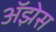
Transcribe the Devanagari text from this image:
अॅझेस